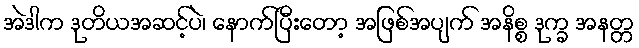
အဲဒါက ဒုတိယအဆင့်ပဲ၊ နောက်ပြီးတော့ အဖြစ်အပျက် အနိစ္စ ဒုက္ခ အနတ္တ